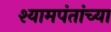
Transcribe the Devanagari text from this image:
श्यामपंतांच्या